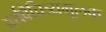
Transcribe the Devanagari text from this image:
अर्थवैचित्र्यमूलक